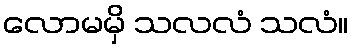
လောမမှိ သလလံ သလံ။